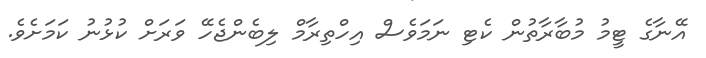
އޭނާގެ ޓީމު މުބާރާތުން ކެޓި ނަމަވެސް އިހްތިރާމް ލިބެންޖެހޭ ވަރަށް ކުޅުނު ކަމަށެވެ.